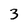
Character: 3